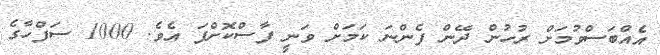
އެއްބަސްވުމަށް ރުހުން ދޭން ފެންނަ ކަމަށް ވަނީ ފާސްކޮށްފަ އެވެ. 1000 ސަފްހާގެ